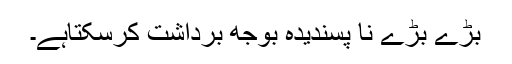
بڑے بڑے نا پسندیدہ بوجھ برداشت کرسکتاہے۔